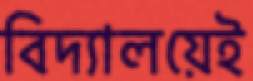
বিদ্যালয়েই